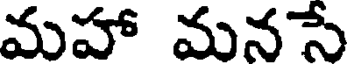
మహా మనసే